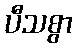
ပီသစွာ